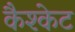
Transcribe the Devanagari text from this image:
कैश्केट